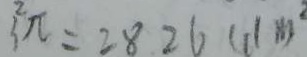
3 ^ { 2 } \pi = 2 8 . 2 6 ( d m ^ { 2 } )